system: You are a helpful assistant.
user:
Analyze the provided spectrum to determine if it is a **M-type Giant (gM)**.

A M-type Giant spectrum is defined by its **strong molecular absorption** features, particularly from **Titanium Oxide (TiO)**. You must check for one of the following mutually exclusive signatures:

- **Key Visual Indicators (Absorption-Dominated Spectrum):**

    - **(Primary):** The spectrum is dominated by strong molecular absorption from **Titanium Oxide (TiO)**. This is the **defining feature** of its M-type temperature class.
        - **(Key Bandheads):** Look for sharp, "saw-tooth" absorption valleys. The strongest are located near **~7050 Å**, **~6160 Å**, and **~5170 Å**.
        - **(Line Profile):** The "saw-tooth" morphology is critical: a **sharp, steep drop on the BLUE (short-wavelength) side** of the bandhead, followed by a gradual recovery (rising flux) towards the RED (long-wavelength) side.

    - **(Key Confirmation - Giant vs. Dwarf):** **ABSENCE** of strong **Calcium Hydride (CaH)** molecular bands. This is the primary diagnostic for *excluding* M-dwarfs.
        - **(Key Region):** The spectrum should lack the strong, broad absorption band seen in dwarfs between **~6800 Å and ~7000 Å**.

    - **(Secondary Confirmation - Giant):** A very strong and broad **Neutral Calcium (Ca I)** atomic absorption line.
        - **(Key Line):** Located at **~4226 Å**. In a giant (gM), this line is significantly deeper and broader than the same line in an M-dwarf (dM) due to low surface gravity.

    - **(Overall Spectrum):**
        - The continuum is **extremely red-sloping** (i.e., flux is very low in the blue and rises dramatically towards the red).
        - The entire spectrum appears "chopped up" by the deep TiO bands.

Think first, call **spectral_visualization_tool** if needed to examine features in detail, then provide your final answer. Your response must adhere to the following strict rules:
1.  **Overall Structure:** Your response must follow the format `<think>...</think> <tool_call>...</tool_call> (if a tool is used) <answer>...</answer>`.
2.  **Tool Usage Constraint:** You may only make **one** tool call per turn.
3.  **Final Answer Format:** In the `<answer>` tag, your conclusion must be inside a `\boxed{}` command (e.g., `\boxed{YES}` or `\boxed{NO}`), followed by your justification.

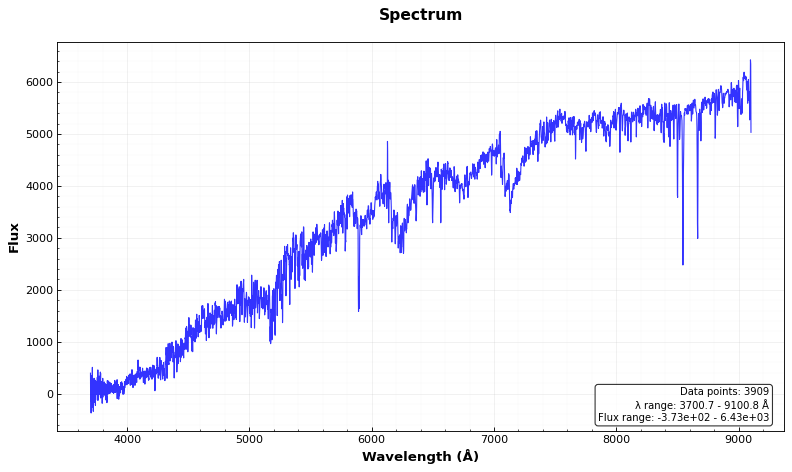
Answer: YES